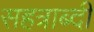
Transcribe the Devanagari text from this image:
सहत्राब्दी